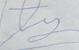
Signature authenticity: forged